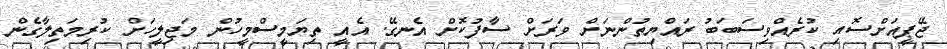
ޖޭޕީއަށްސޮއި ކުރެއްވިސަބަބު ރައްޔިތުންނަށް ވަރަށް ސާފުކޮށް އެނގޭ. އެއީ ތިޔަމީސްމީހުން މަޖިލީހަށް ކުރިމަތިލާގެން